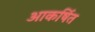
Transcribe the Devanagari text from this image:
आकर्षित